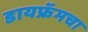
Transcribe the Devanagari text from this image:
डायफ्रॅमचा